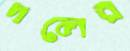
দলের